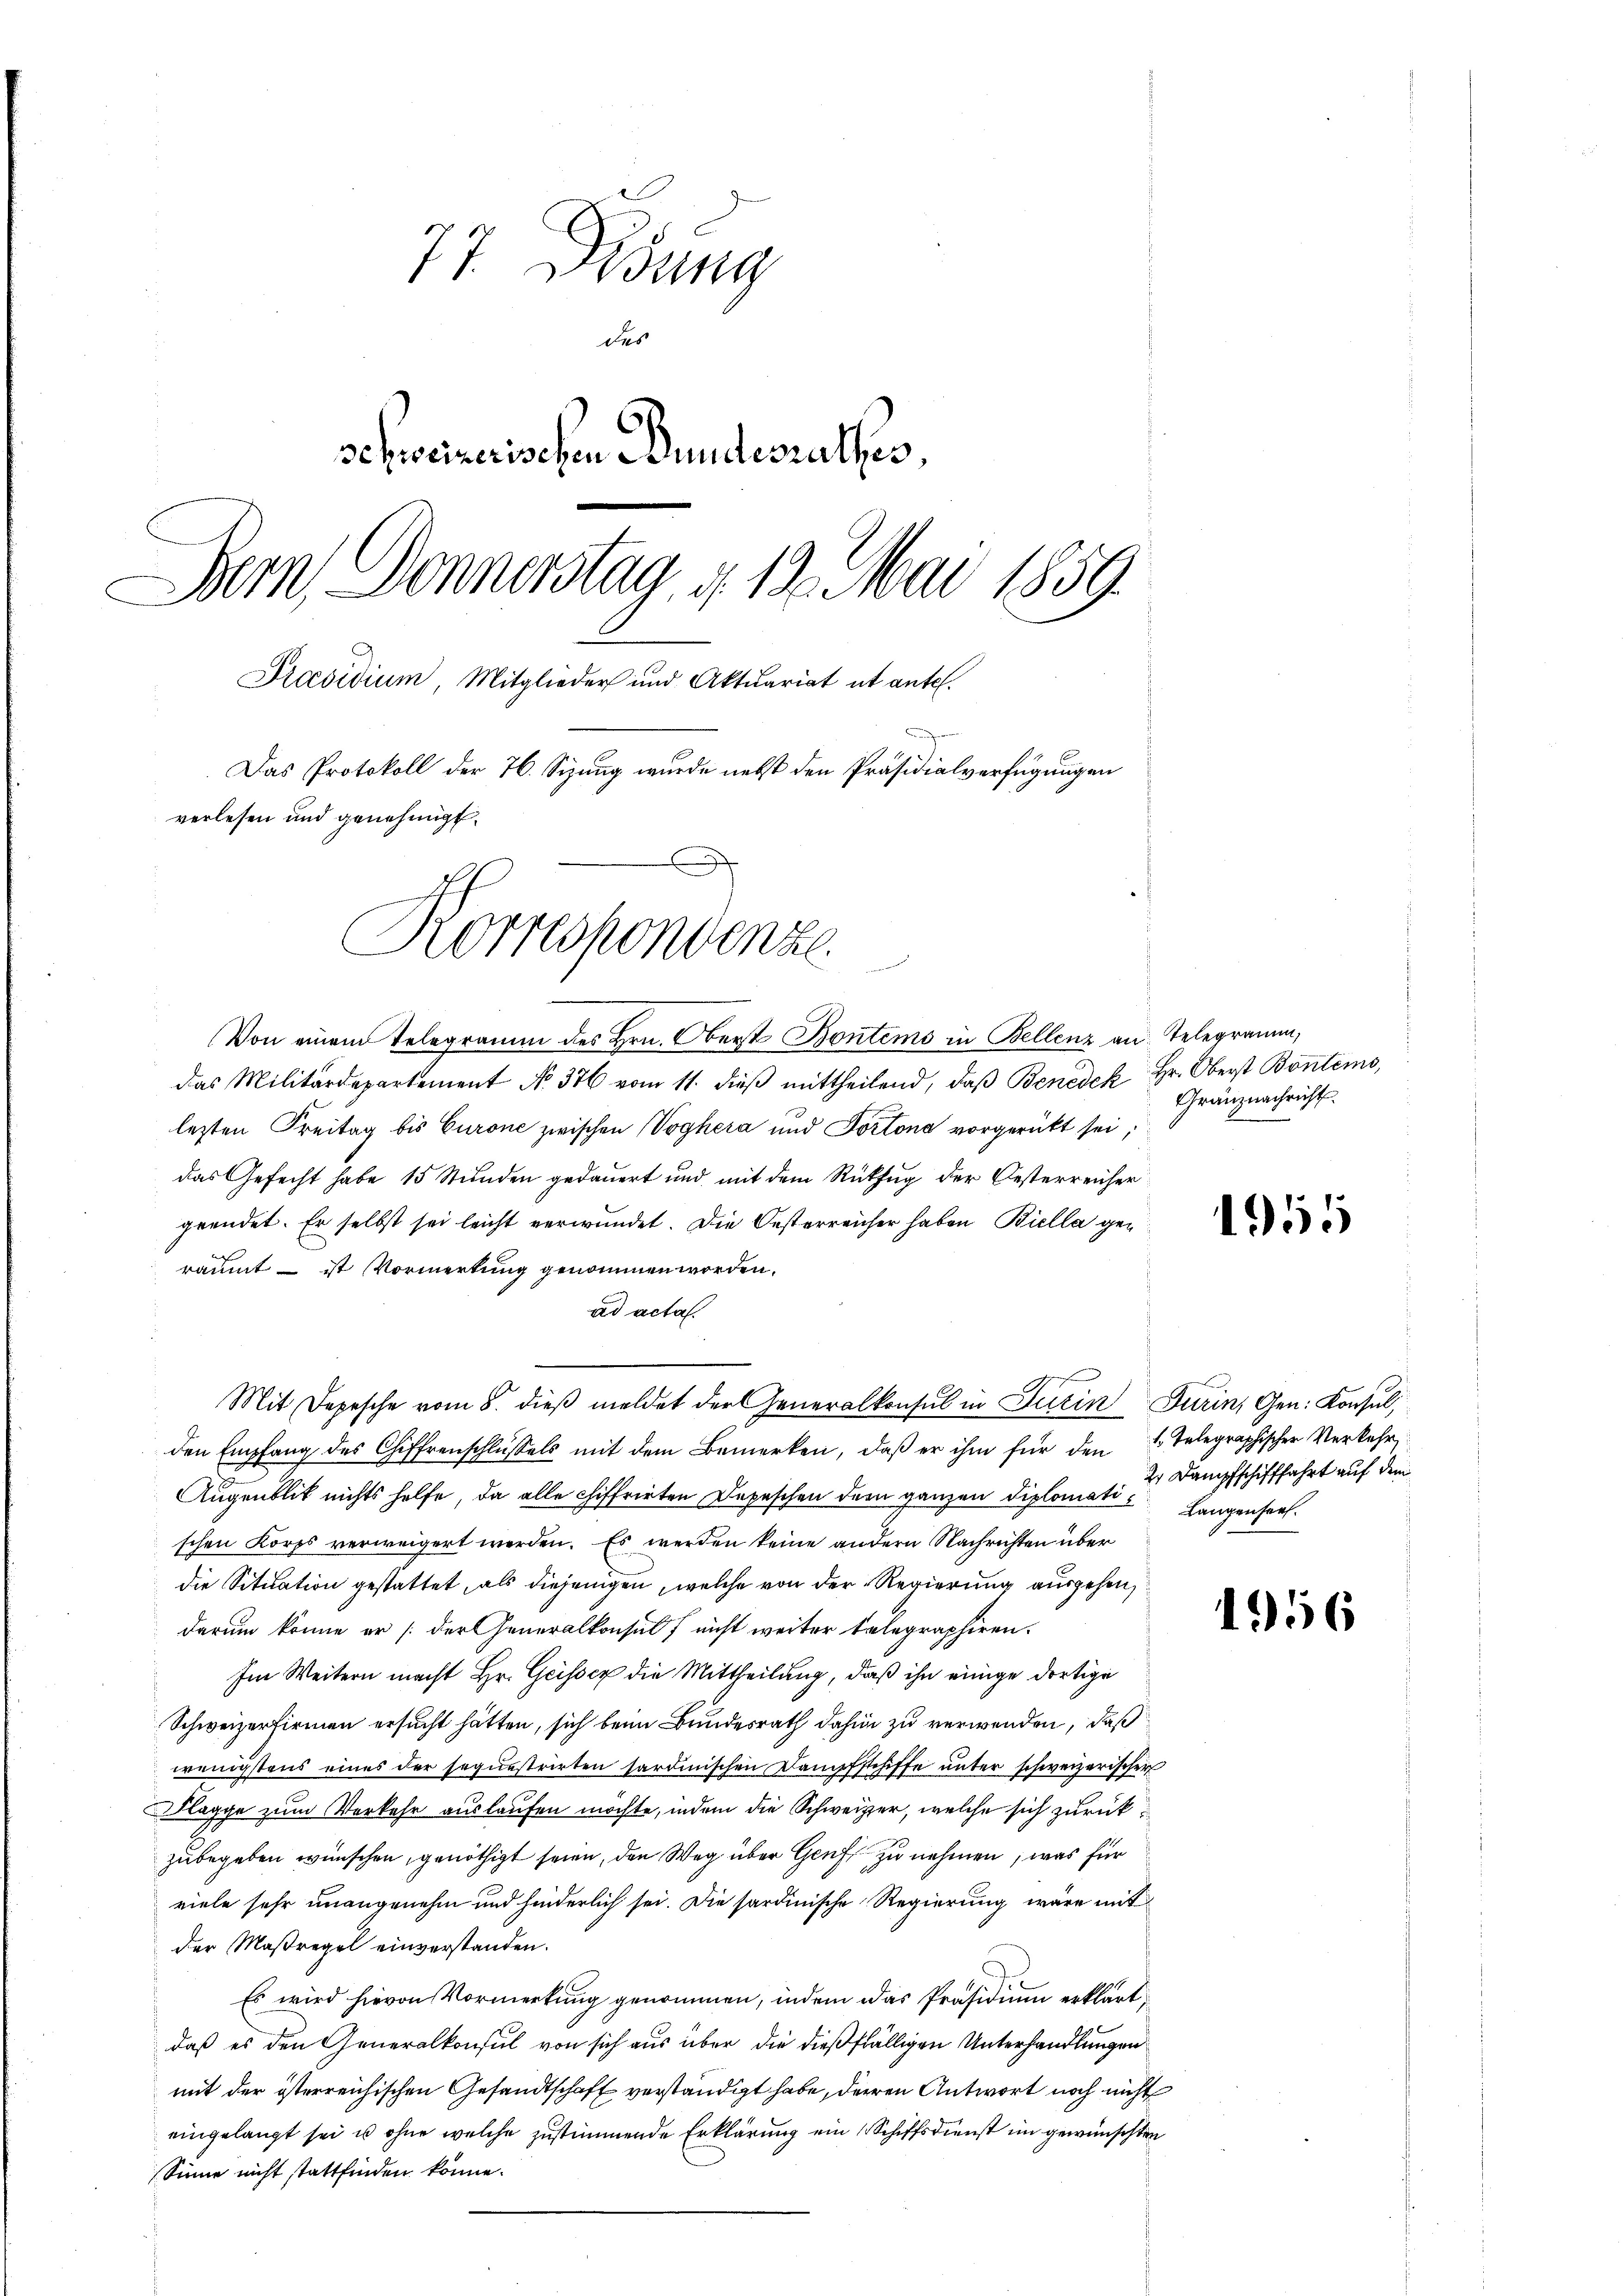
77. Disung
des
schweizerischen Bundesrathes,
Bern, Donnerstag, d. 13. Mai 1859
Praesidium Mitglieder und Aktuariat ut antel.
Das Protokoll der 76. Sizung wurde nebst den Präsidialverfügungen
verlesen und genehmigt.

Korrespondenze

Von einem Telegramm des Hrn. Oberst Bontems in Bellenz an. Telegramm,
das Militärdepartement No. 376 vom 11. dieβ mittheilend, daβ Benedek Hr. Oberst Bontems,
lezten Freitag bis Curone zwischen Voghera und Portona vorgerückt sei,
das Gefecht habe 15 Stunden gedauert und mit dem Rückzug der Oesterreicher
gründet. Er selbst sei leicht verwundet. Die Oesterreicher haben Biella geräumt – ist Vormerkung genommen worden,
ad acta.
Mit Depesche vom 8. dieβ meldet der Generalkonsul in Turin Turin, Gen. Konsul,
den Empfang des Chiffrenschlüßels mit dem Bemerken, daß er ihm für den 2 Telegraphischer Verkehr
Augenblick nichts helfe, da alle chiffrirten Depeschen dem ganzen Diplomati- Langenher
schen Korps verweigert werden. Es werden keine andern Nachrichten über
die Sitiation gestattet, als diejenigen, welche von der Regierung ausgehen,
darum könne er /: der Generalkonsul nicht weiter telegraphiren.
Im Weitern macht Hr. Geisser die Mittheilung, daß ihn einige dortige
Schweizerfirmen ersucht hätten, sich beim Bundesrath dahin zu verwenden, daß
wenigstens eines der sequestrirten sardinischen Dampfschiffe unter schweizerischer
Flagge zum Verkehr auslaufen möchte, indem die Schweizer, welche sich zurückzubegeben wünschen, genöthigt seien, den Weg über Genf zu nehmen, was für
viele sehr unangenehm und hinderlich sei. Die sardinische Regierung wäre mit
der Maßregel einverstanden.
Es wird hievon Vormerkung genommen, indem das Präsidium erklärt,
daß es den Generalkonsul von sich aus über die dießfälligen Unterhandlungen
mit der österreichischen Gesandtschaft verständigt habe, deren Antwort noch nicht
eingelangt sei u ohne welche zustimmende Erklärung ein Schiffsdienst im gewünschten
Sinne nicht stattfinden könne.

Granznachricht.

155

2. Dampfschifffahrt auf dem

1956